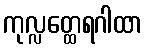
ကုလ္လတ္ထေရဂါထာ